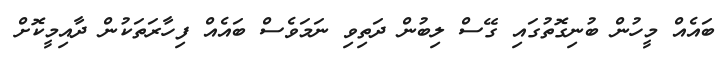
ބައެއް މީހުން ބުނިގޮތުގައި ގޭސް ލިބުން ދަތިވި ނަމަވެސް ބައެއް ފިހާރަތަކުން ދާއިމީކޮށް